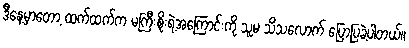
ဒီနေ့မှာတော့ ထက်ထက်က မကြီးစိုးရဲ့အကြောင်းကို သူမ သိသလောက် ပြောပြခဲ့ပါတယ်။